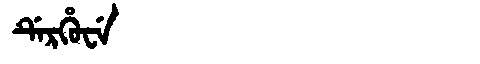
Manchu: ᡩᡝᡵᡥᡠᠸᡝ
Romanization: DERHUWE